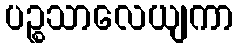
ပဉ္စသာလေယျကာ